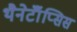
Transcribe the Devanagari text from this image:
थैनेटॉॅप्सिस